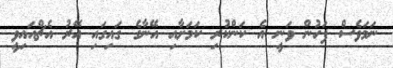
ނަމަވެސް ފަހުން ވަނީ އެ ކަންކުރި ކަމަށާއި އޭނާގެ ގަައިގައި އޭރު އެޗްއައިވީ